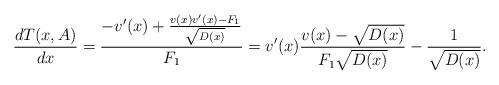
LaTeX: \begin{align*}\frac{dT(x,A)}{dx}=\frac{-v'(x)+\frac{v(x)v'(x)-F_{1}}{\sqrt{D(x)}}}{F_{1}}=v'(x)\frac{v(x)-\sqrt{D(x)}}{F_{1}\sqrt{D(x)}}-\frac{1}{\sqrt{D(x)}}.\end{align*}